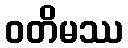
ဝတိမဿ